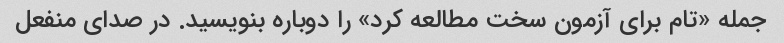
جمله «تام برای آزمون سخت مطالعه کرد» را دوباره بنویسید. در صدای منفعل